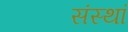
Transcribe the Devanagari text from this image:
संस्थां